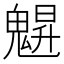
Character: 𩳪